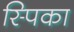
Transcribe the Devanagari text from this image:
स्पिका